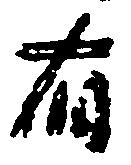
有